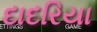
દાદરિયા